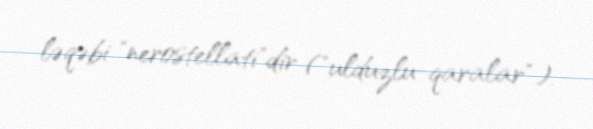
ləqəbi "nerostellati"dir ("ulduzlu-qaralar").